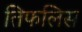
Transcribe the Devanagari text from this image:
तिफलिस